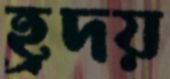
হ্রদয়